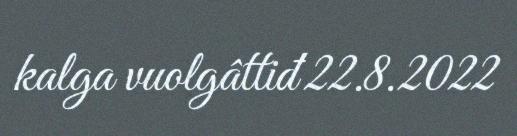
kalga vuolgâttiđ 22.8.2022